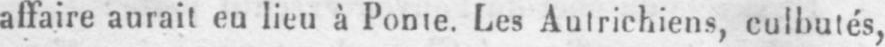
Les Autrichiens, culbutés,